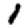
Digit: 1